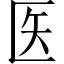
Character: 医